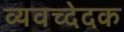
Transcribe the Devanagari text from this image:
व्यवच्देदक